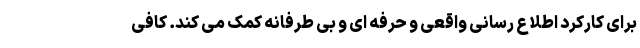
برای کارکرد اطلاع رسانی واقعی و حرفه ای و بی طرفانه کمک می کند. کافی